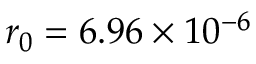
r _ { 0 } = 6 . 9 6 \times 1 0 ^ { - 6 }